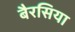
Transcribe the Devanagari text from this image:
बैरसिया